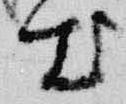
出